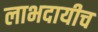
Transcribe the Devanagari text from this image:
लाभदायीच